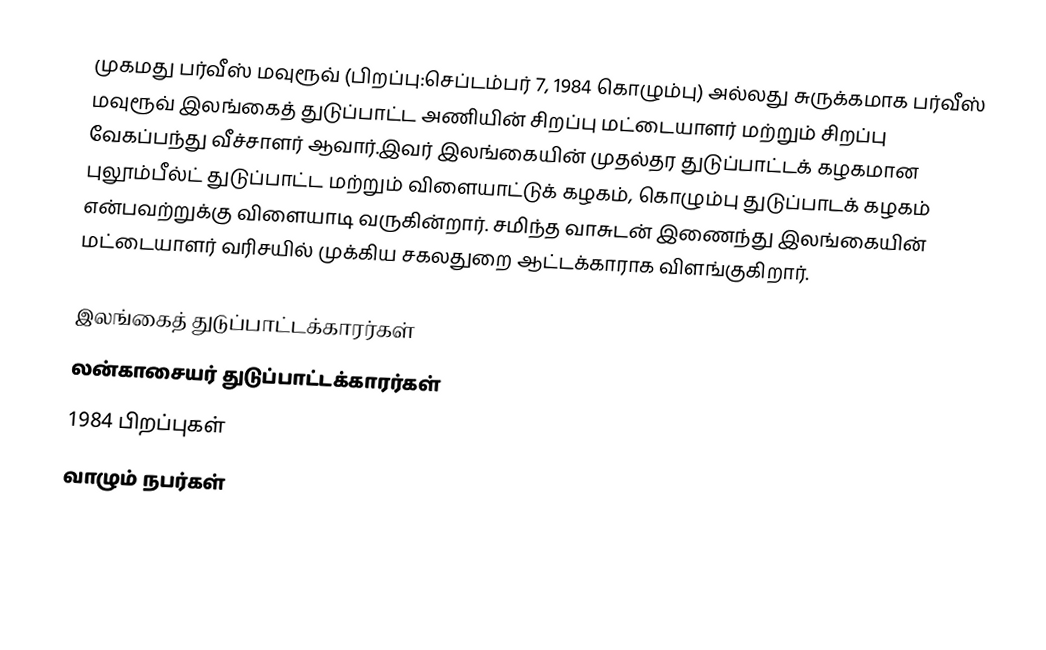
முகமது பர்வீஸ் மவுரூவ் (பிறப்பு:செப்டம்பர் 7, 1984 கொழும்பு) அல்லது சுருக்கமாக பர்வீஸ் மவுரூவ் இலங்கைத் துடுப்பாட்ட அணியின் சிறப்பு மட்டையாளர் மற்றும் சிறப்பு வேகப்பந்து வீச்சாளர் ஆவார்.இவர் இலங்கையின் முதல்தர துடுப்பாட்டக் கழகமான புலூம்பீல்ட் துடுப்பாட்ட மற்றும் விளையாட்டுக் கழகம், கொழும்பு துடுப்பாடக் கழகம் என்பவற்றுக்கு விளையாடி வருகின்றார். சமிந்த வாசுடன் இணைந்து இலங்கையின் மட்டையாளர் வரிசயில் முக்கிய சகலதுறை ஆட்டக்காராக விளங்குகிறார்.

இலங்கைத் துடுப்பாட்டக்காரர்கள்
லன்காசையர் துடுப்பாட்டக்காரர்கள்
1984 பிறப்புகள்
வாழும் நபர்கள்